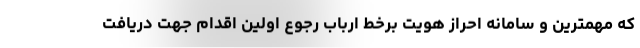
که مهمترین و سامانه احراز هویت برخط ارباب رجوع اولین اقدام جهت دریافت